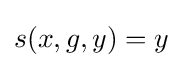
s(x,g,y)=y